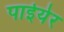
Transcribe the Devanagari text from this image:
पाईयेर